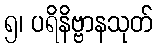
၅၊ ပရိနိဗ္ဗာနသုတ်